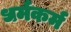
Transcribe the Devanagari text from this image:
धर्मकर्म